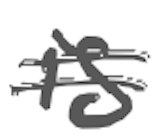
Text: is
Cross-out: double-line
Writing tool: digital_gray